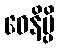
ဝေနိမ္ပိ